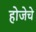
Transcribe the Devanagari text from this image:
होजेचे